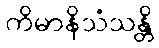
ကိမာနိသံသန္တိ